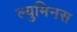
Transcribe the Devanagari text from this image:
ल्युमिनस